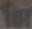
for